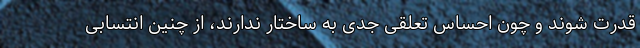
قدرت شوند و چون احساس تعلقی جدی به ساختار ندارند، از چنین انتسابی